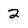
Character: 2